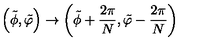
\left( \tilde { \phi } , \tilde { \varphi } \right) \rightarrow \left( \tilde { \phi } + \frac { 2 \pi } { N } , \tilde { \varphi } - \frac { 2 \pi } { N } \right)